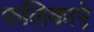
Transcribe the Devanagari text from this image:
फलिकाएं